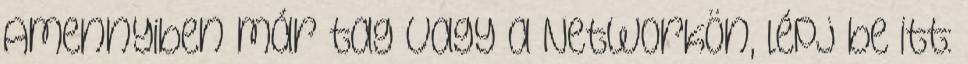
Amennyiben már tag vagy a Networkön, lépj be itt: